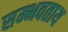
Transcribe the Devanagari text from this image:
सम्भवताय